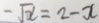
- \sqrt { x } = 2 - x